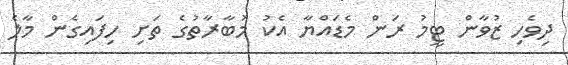
ދިވެހި ޒުވާން ޓީމު ރަން މެޑައްޔާ އެކު މުބާރާތުގެ ތަށި ހިފައިގެން މާލެ